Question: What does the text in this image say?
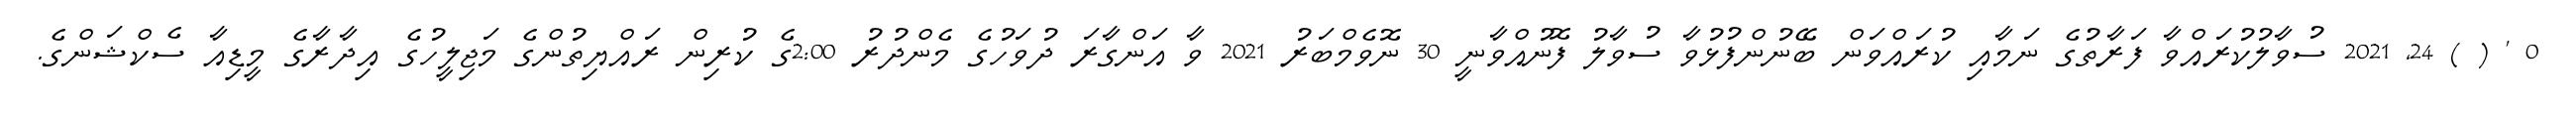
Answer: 0 ' ( ) 24, 2021 ސުވާލުކުރައްވާ ފަރާތުގެ ނަމާއި ކުރައްވަން ބޭނުންފުޅުވާ ސުވާލު ފޮނުއްވާނީ 30 ނޮވެމްބަރު 2021 ވާ އަންގާރަ ދުވަހުގެ މެންދުރު 2:00ގެ ކުރިން ރައްޔިތުންގެ މަޖިލީހުގެ އިދާރާގެ މީޑިއާ ސެކްޝަންގެ.